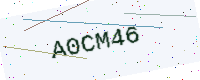
Text: A0CM46